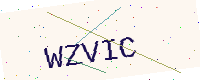
Text: WZVIC